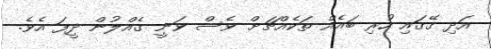
އަދި ގޭގައި ހުރި ބައެއް ތަކެއްޗަށް ވެސް ވަނީ ގެއްލުން ދީފަ އެވެ.